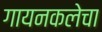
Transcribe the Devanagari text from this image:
गायनकलेचा